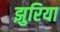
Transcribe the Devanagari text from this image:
झुरिया